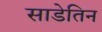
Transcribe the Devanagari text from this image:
साडेतिन